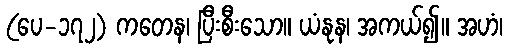
(ပေ-၁၇၂) ကတေန၊ ပြီးစီးသော။ ယံနုန၊ အကယ်၍။ အဟံ၊